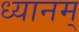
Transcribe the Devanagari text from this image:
ध्यानम्